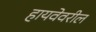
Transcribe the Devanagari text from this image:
हायवेवरील